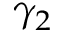
\gamma _ { 2 }